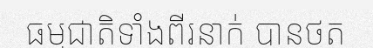
ធម្មជាតិទាំងពីរនាក់ បានថត